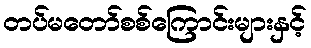
တပ်မတော်စစ်ကြောင်းများနှင့်